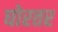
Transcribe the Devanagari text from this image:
घोरतर